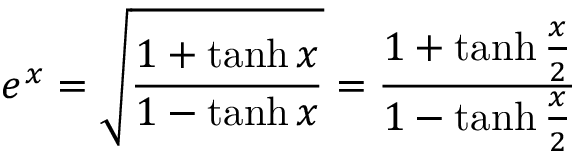
e ^ { x } = { \sqrt { \frac { 1 + \operatorname { t a n h } x } { 1 - \operatorname { t a n h } x } } } = { \frac { 1 + \operatorname { t a n h } { \frac { x } { 2 } } } { 1 - \operatorname { t a n h } { \frac { x } { 2 } } } }